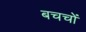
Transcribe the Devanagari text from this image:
बचचों